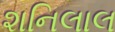
શનિલાલ